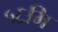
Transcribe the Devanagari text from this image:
५६मि